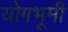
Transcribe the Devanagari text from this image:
योगभूमी